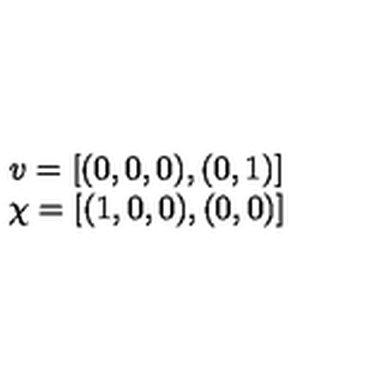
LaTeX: \begin{array} { c } { v = [ ( 0 , 0 , 0 ) , ( 0 , 1 ) ] } \\ { \chi = [ ( 1 , 0 , 0 ) , ( 0 , 0 ) ] } \\ \end{array}